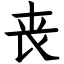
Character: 丧